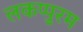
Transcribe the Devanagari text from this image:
लकप्पुरम